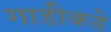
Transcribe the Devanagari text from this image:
गाडीकडे